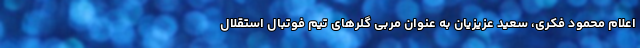
اعلام محمود فکری، سعید عزیزیان به عنوان مربی گلرهای تیم فوتبال استقلال